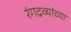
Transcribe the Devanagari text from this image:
रंगद्रव्यांच्या